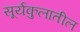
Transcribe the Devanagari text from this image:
सूर्यकुलातील